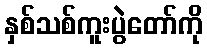
နှစ်သစ်ကူးပွဲတော်ကို